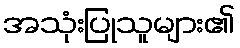
အသုံးပြုသူများ၏